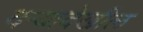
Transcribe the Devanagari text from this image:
दर्‍यादेखील